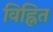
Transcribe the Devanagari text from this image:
विह्नित